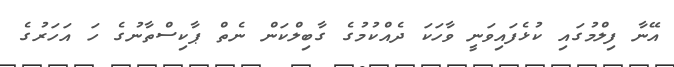
އޭނާ ފިލްމުގައި ކުޅެފައިވަނީ ވާހަކަ ދެއްކުމުގެ ގާބިލްކަން ނެތް ޕާކިސްތާނުގެ ހަ އަހަރުގެ